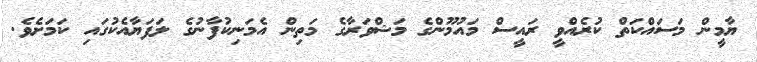
ޔާމީން މަސައްކަތް ކުރެއްވީ ރައީސް މައުމޫންގެ މަޝްވަރާގެ މަތިން އެމަނިކުފާނުގެ ލަފަޔާއެކުގައި ކަމަށެވެ.